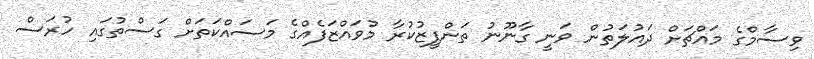
ވިސާމްގެ މައްޗަށް ދައުލަތުން ވަނީ ގާނޫނު ތަންފީޒުކުރާ މުވައްޒަފެއްގެ މަސައްކަތަށް ގަސްތުގައި ހުރަސް